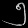
Digit: ၅